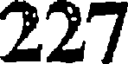
227